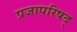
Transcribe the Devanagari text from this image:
प्रजापरिषद्